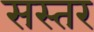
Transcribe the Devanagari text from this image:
सस्तर